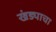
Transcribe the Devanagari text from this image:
खंड्याचा